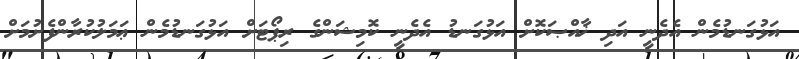
އަޅުގަނޑުމެން އެދެނީ އަދި ޚާއްޞަކޮށް އަޅުގަނޑު އެދެނީ ކޮމިޝަންގެ ރިޕޯޓަށް އަޅުގަނޑުމެން ޢަމަލުކުރާންފެށުމަށް